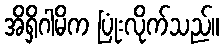
အိရှိဂါမိက ပြုံးလိုက်သည်။